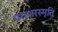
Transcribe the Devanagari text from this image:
पराशरस्मृति